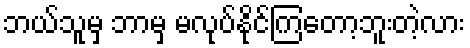
ဘယ်သူမှ ဘာမှ မလုပ်နိုင်ကြတော့ဘူးတဲ့လား